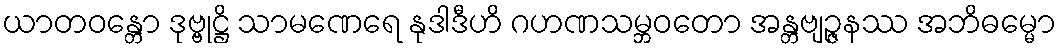
ယာတဝန္တော ဒုဗ္ဗုဋ္ဌိ သာမဏေရေ နုဒါဒီဟိ ဂဟဏသမ္ဘဝတော အန္တဗျဉ္ဇနဿ အဘိဓမ္မော